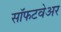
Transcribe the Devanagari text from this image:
सॉफटवेअर